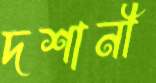
দশানী